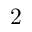
2